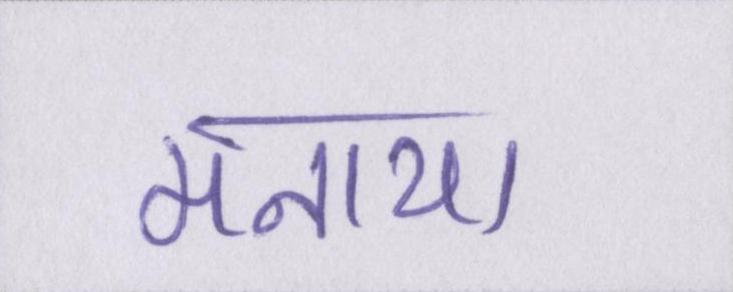
मनाया